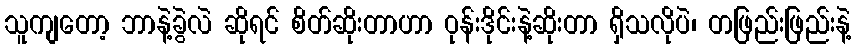
သူကျတော့ ဘာနဲ့ခွဲလဲ ဆိုရင် စိတ်ဆိုးတာဟာ ဝုန်းဒိုင်းနဲ့ဆိုးတာ ရှိသလိုပဲ၊ တဖြည်းဖြည်းနဲ့